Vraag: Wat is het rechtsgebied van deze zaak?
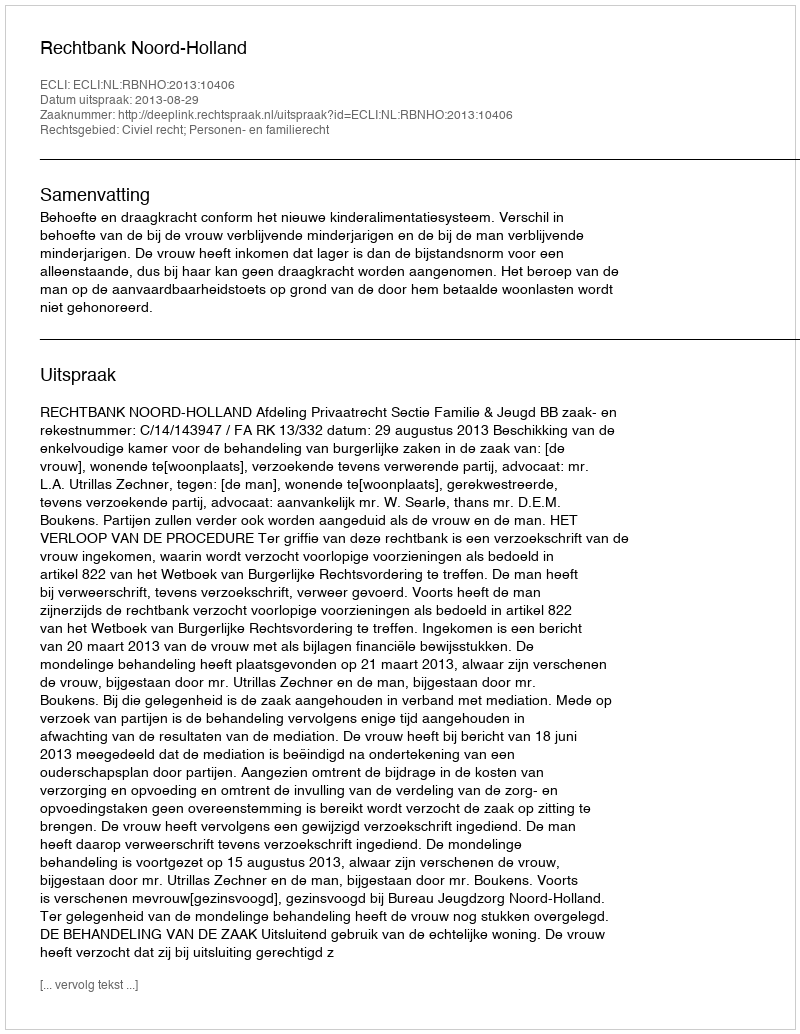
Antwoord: Civiel recht; Personen- en familierecht